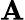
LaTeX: \textbf{A}